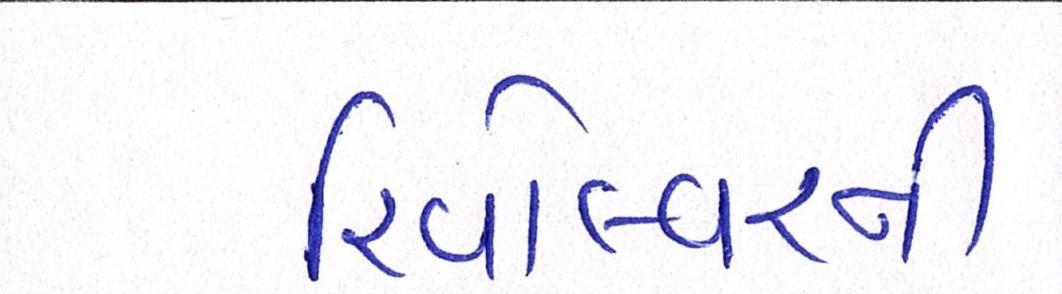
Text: રિવોલ્વરની